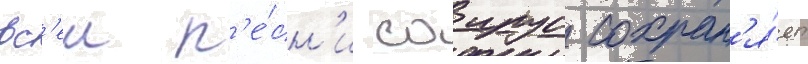
вс'еи п'е́сн'и саирус сохран'я́ет